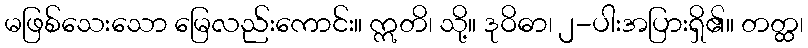
မဖြစ်သေးသော မြေလည်းကောင်း။ ဣတိ၊ သို့။ ဒုဝိဓာ၊ ၂-ပါးအပြားရှိ၏။ တတ္ထ၊